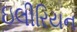
ઇલીરિયન